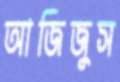
আজিজুস